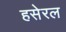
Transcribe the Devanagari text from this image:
हसेरल